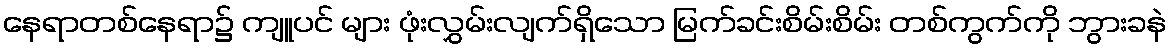
နေရာတစ်နေရာ၌ ကျူပင် များ ဖုံးလွှမ်းလျက်ရှိသော မြက်ခင်းစိမ်းစိမ်း တစ်ကွက်ကို ဘွားခနဲ